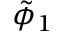
\tilde { \phi } _ { 1 }